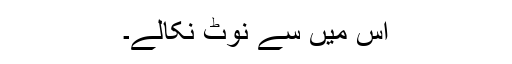
اس میں سے نوٹ نکالے۔